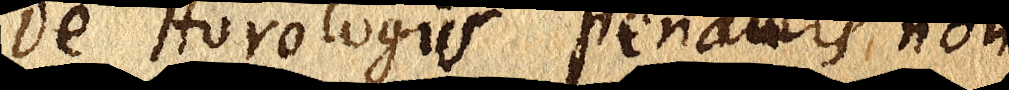
De Horologiis pendulis, non